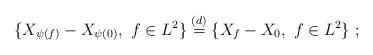
LaTeX: \begin{align*}\{X_{\psi(f)} - X_{\psi(0)},\ f\in L^2\}\overset{(d)}{=} \{X_f - X_0,\ f\in L^2\}\ ;\end{align*}